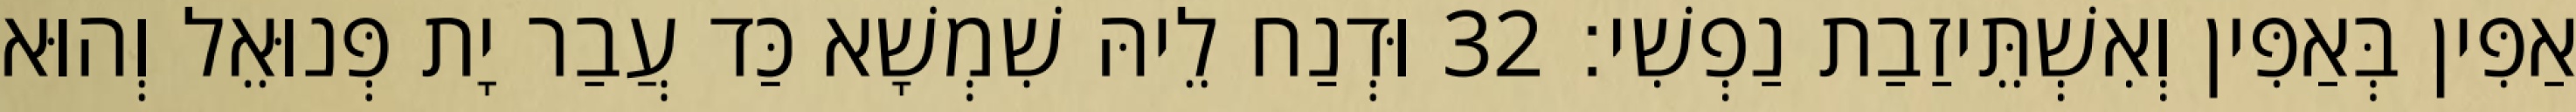
אַפִּין בְּאַפִּין וְאִשְׁתֵּיזַבַת נַפְשִׁי׃ 32 וּדְנַח לֵיהּ שִׁמְשָׁא כַּד עֲבַר יָת פְּנוּאֵל וְהוּא